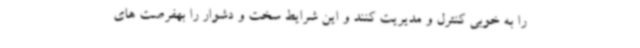
را به خوبی کنترل و مدیریت کنند و این شرایط سخت و دشوار را بهفرصت های